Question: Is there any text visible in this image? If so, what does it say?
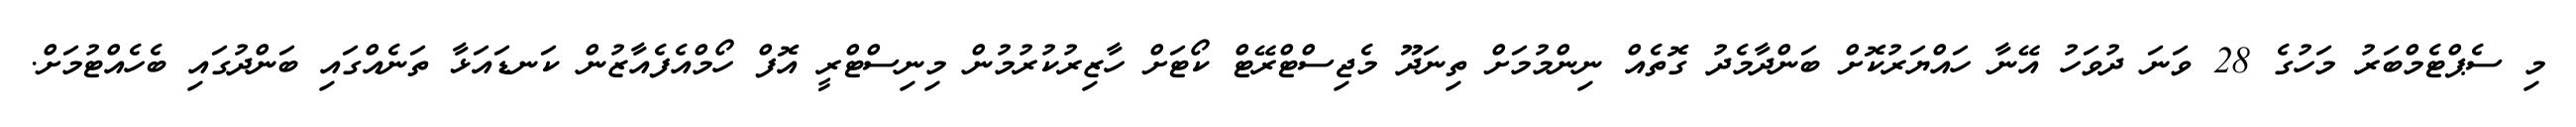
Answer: މި ސެޕްޓެމްބަރު މަހުގެ 28 ވަނަ ދުވަހު އޭނާ ހައްޔަރުކޮށް ބަންދާމެދު ގޮތެއް ނިންމުމަށް ތިނަދޫ މެޖިސްޓްރޭޓް ކޯޓަށް ހާޒިރުކުރުމުން މިނިސްޓްރީ އޮފް ހޯމްއެފެއާޒުން ކަނޑައަޅާ ތަނެއްގައި ބަންދުގައި ބެހެއްޓުމަށް.